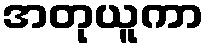
အတုယူကာ